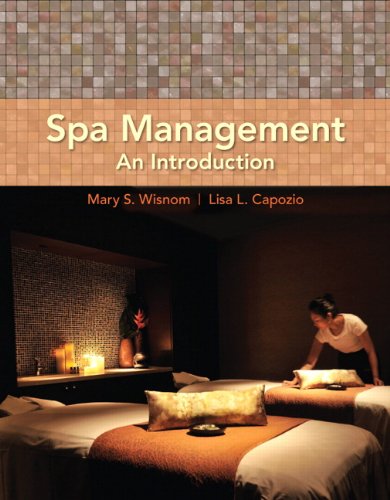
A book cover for Spa Management: An Introduction; Mary Wisnom; Travel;